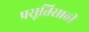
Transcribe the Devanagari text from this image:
प्रसूतिसाठी